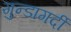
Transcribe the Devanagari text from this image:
गुन्डागर्दी